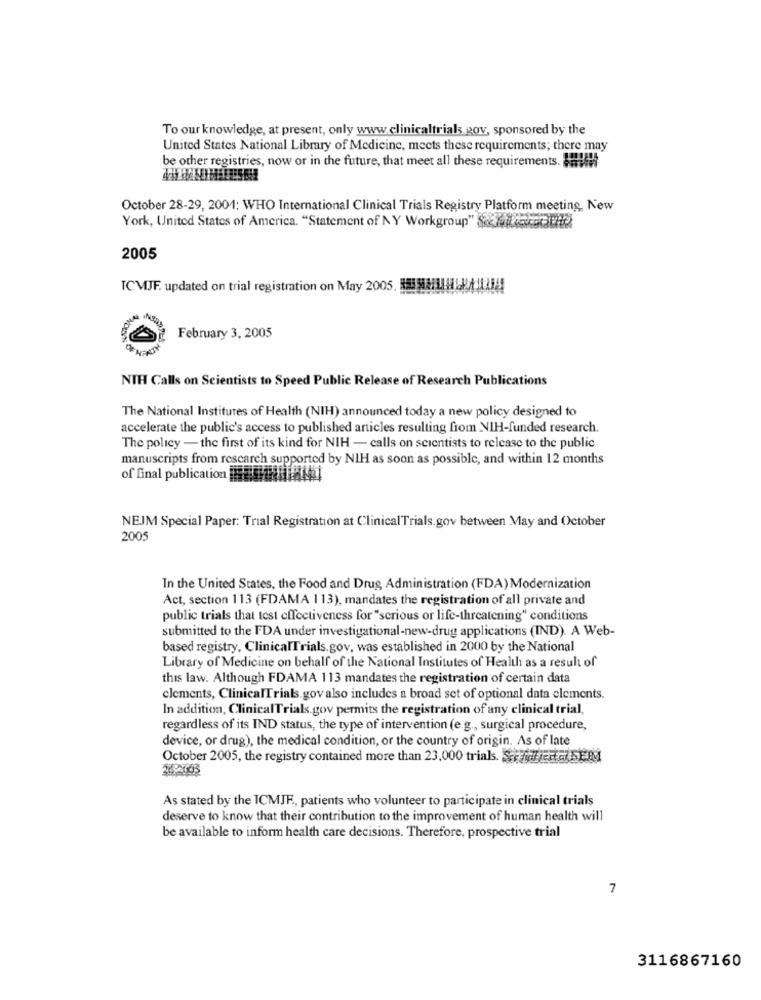
To our knowledge, at present, only www.clinicaltrials.gov, sponsored by the
United States National Library of Medicine, meets these requirements; there may
be other registries, now or in the future, that meet all these requirements. !!!
October 28-29, 2001: WHO International Clinical Trials Registry Platform meeting, New
York, United States of America. "Statement of NY Workgroup" $22/48 83
2005
TCVIJF. updated on trial registration on May 2005. MUHHII
February 3, 2005
NIH Calls on Scientists to Speed Public Release of Research Publications
The National Institutes of Health (NIH) announced today a new policy designed to
accelerate the public's access to published articles resulting from NIH-funded research.
The policy - the first of its kind for NIH - calls on scientists to release to the public
manuscripts from rescarch supported by NIH as soon as possible, and within 12 months
of final publication 2014
NEJM Special Paper: Trial Registration at ClinicalTrials.gov between May and October
2005
In the United States, the Food and Drug Administration (FDA) Modernization
Act, section 113 (FDAMA 113), mandates the registration of all private and
public trials that test effectiveness for "serious or life-threatening" conditions
submitted to the FDA under investigational-new-drug applications (IND). A Web-
based registry, ClinicalTrials.gov, was established in 2000 by the National
Library of Medicine on behalf of the National Institutes of Health as a result of
this law. Although FDAMA 113 mandates the registration of certain data
clements, ClinicalTrials.gov also includes a broad set of optional data elements.
In addition, ClinicalTrials.gov permits the registration of any clinical trial,
regardless of its IND status, the type of intervention (e.g ., surgical procedure,
device, or drug), the medical condition, or the country of origin. As of late
October 2005, the registry contained more than 23,000 trials. Si EraSEM
As stated by the ICMJE, patients who volunteer to participate in clinical trials
deserve to know that their contribution to the improvement of human health will
be available to inform health care decisions. Therefore, prospective trial
7
3116867160